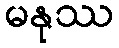
မနုဿ